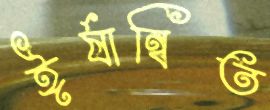
ঈর্ষান্বিত